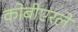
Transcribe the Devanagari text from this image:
कोबीएरले